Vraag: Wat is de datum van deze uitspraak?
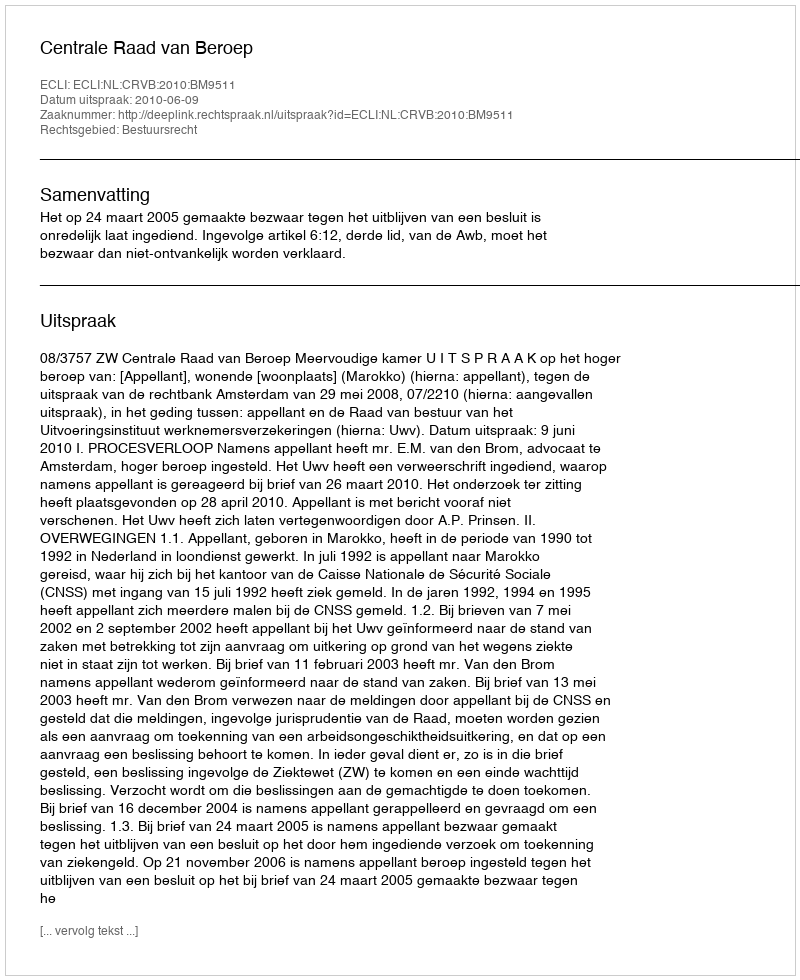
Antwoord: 2010-06-09